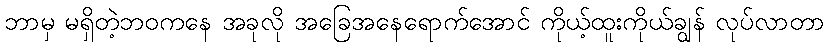
ဘာမှ မရှိတဲ့ဘဝကနေ အခုလို အခြေအနေရောက်အောင် ကိုယ့်ထူးကိုယ်ချွန် လုပ်လာတာ